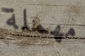
مهملة